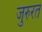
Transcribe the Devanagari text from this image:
जुरुरत